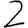
Digit: 2